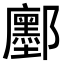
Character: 𮠔